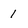
Character: 1